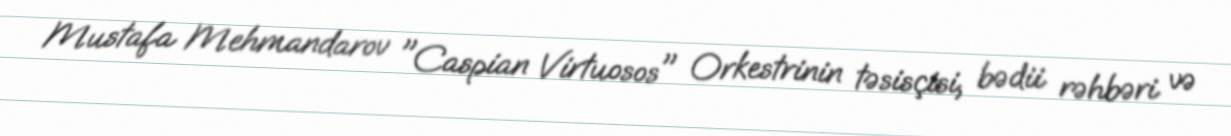
Mustafa Mehmandarov "Caspian Virtuosos" Orkestrinin təsisçisi, bədii rəhbəri və